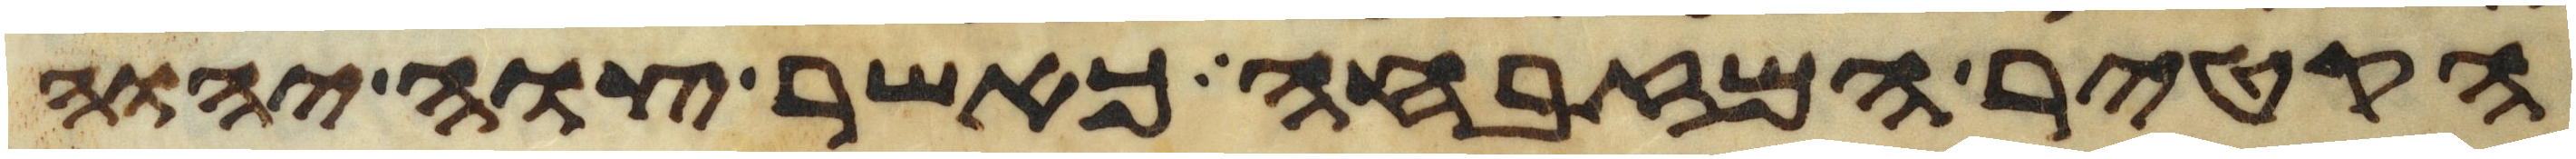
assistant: הקטיר המזבחה כאשר צוה יהוה